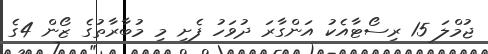
ޖުމްލަ 15 ރިސޯޓާއެކު އަންގާރަ ދުވަހު ފެށި މި މުބާރާތުގެ ޒޯން 4ގެ